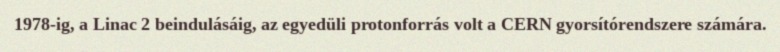
1978-ig, a Linac 2 beindulásáig, az egyedüli protonforrás volt a CERN gyorsítórendszere számára.